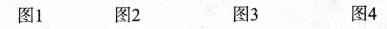
图1 图2 图3 图4